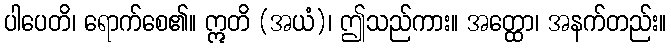
ပါပေတိ၊ ရောက်စေ၏။ ဣတိ (အယံ)၊ ဤသည်ကား။ အတ္ထော၊ အနက်တည်း။